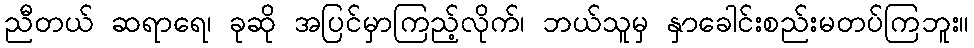
ညီတယ် ဆရာရေ၊ ခုဆို အပြင်မှာကြည့်လိုက်၊ ဘယ်သူမှ နှာခေါင်းစည်းမတပ်ကြဘူး။